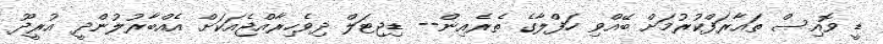
ޑީ ވޮއިސް ތައާރަފްކުރުމަށް ބޭއްވި ހަފްލާގެ ތެރެއިން-- ޑިޖިޓަލް ދިވެހިރާއްޖެއަކަށް އެއްބާރުލުންދީ އުރީދޫ